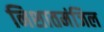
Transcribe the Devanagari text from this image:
निशातमंजिल